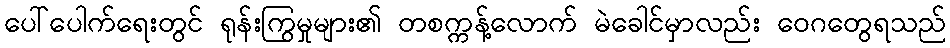
ပေါ်ပေါက်ရေးတွင် ရုန်းကြွမှုများ၏ တစက္ကန့်လောက် မဲခေါင်မှာလည်း ဝေဂတွေရသည်